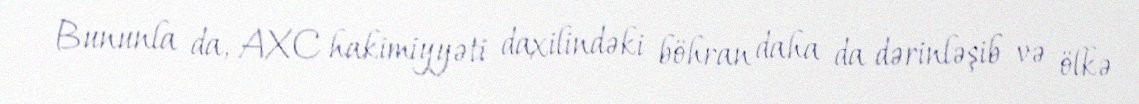
Bununla da, AXC hakimiyyəti daxilindəki böhran daha da dərinləşib və ölkə